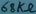
Text: 68kΩ